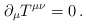
\begin{align*}\partial_{\mu}T^{\mu\nu}=0 \,. \end{align*}